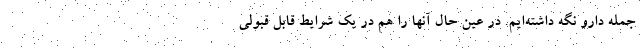
جمله دارو نگه داشته‌ایم. در عین حال آنها را هم در یک شرایط قابل قبولی